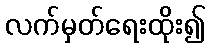
လက်မှတ်ရေးထိုး၍